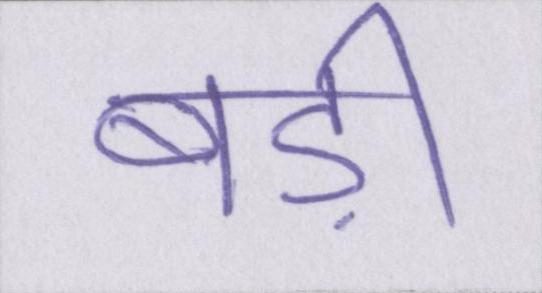
बड़ी